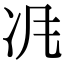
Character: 𠖵